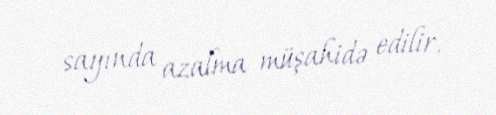
sayında azalma müşahidə edilir.